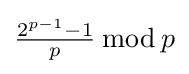
{\tfrac {2^{p-1}-1}{p}}\,{\bmod {\,}}p